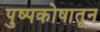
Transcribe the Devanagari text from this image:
पुष्पकोषातून